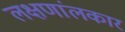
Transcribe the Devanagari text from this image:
लक्षणांलकार